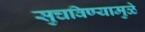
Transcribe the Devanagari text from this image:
सुचविण्यामुळे